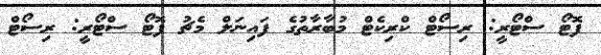
ފޮޓޯ ސްޓޯރީ: ރިސޯޓް ކްރިކެޓް މުބާރާތުގެ ފައިނަލް މެޗު ފޮޓޯ ސްޓޯރީ: ރިސޯޓް